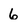
Character: 6